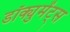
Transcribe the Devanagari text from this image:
डॉक्युमेंट्‌स